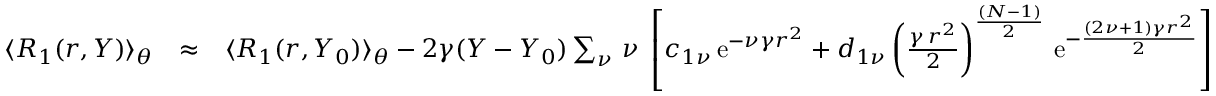
\begin{array} { r l r } { \langle R _ { 1 } ( r , Y ) \rangle _ { \theta } } & { \approx } & { \langle R _ { 1 } ( r , Y _ { 0 } ) \rangle _ { \theta } - 2 \gamma ( Y - Y _ { 0 } ) \sum _ { \nu } \, \nu \; \left[ c _ { 1 \nu } \, \mathrm { e } ^ { - \nu \gamma r ^ { 2 } } + d _ { 1 \nu } \left( { \frac { \gamma \, r ^ { 2 } } { 2 } } \right) ^ { \frac { ( N - 1 ) } { 2 } } \, \mathrm { e } ^ { - \frac { ( 2 \nu + 1 ) \gamma r ^ { 2 } } { 2 } } \right] } \end{array}